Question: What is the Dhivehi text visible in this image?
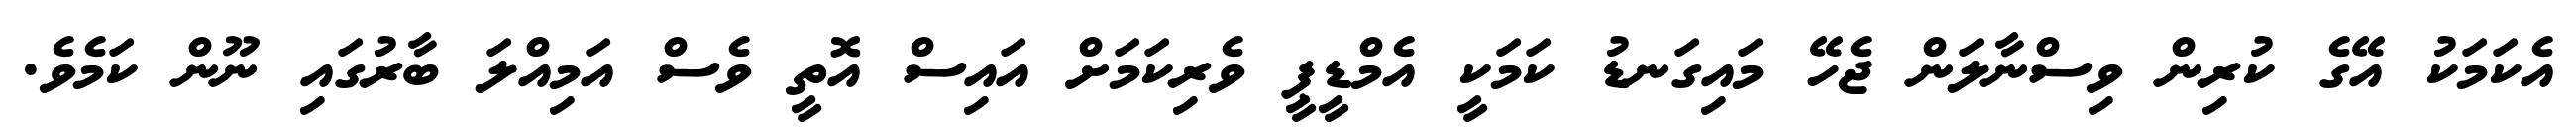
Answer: އެކަމަކު އޭގެ ކުރިން ވިސްނާލަން ޖެހޭ މައިގަނޑު ކަމަކީ އެމްޑީޕީ ވެރިކަމަށް އައިސް އޮތީ ވެސް އަމިއްލަ ބާރުގައި ނޫން ކަމެވެ.